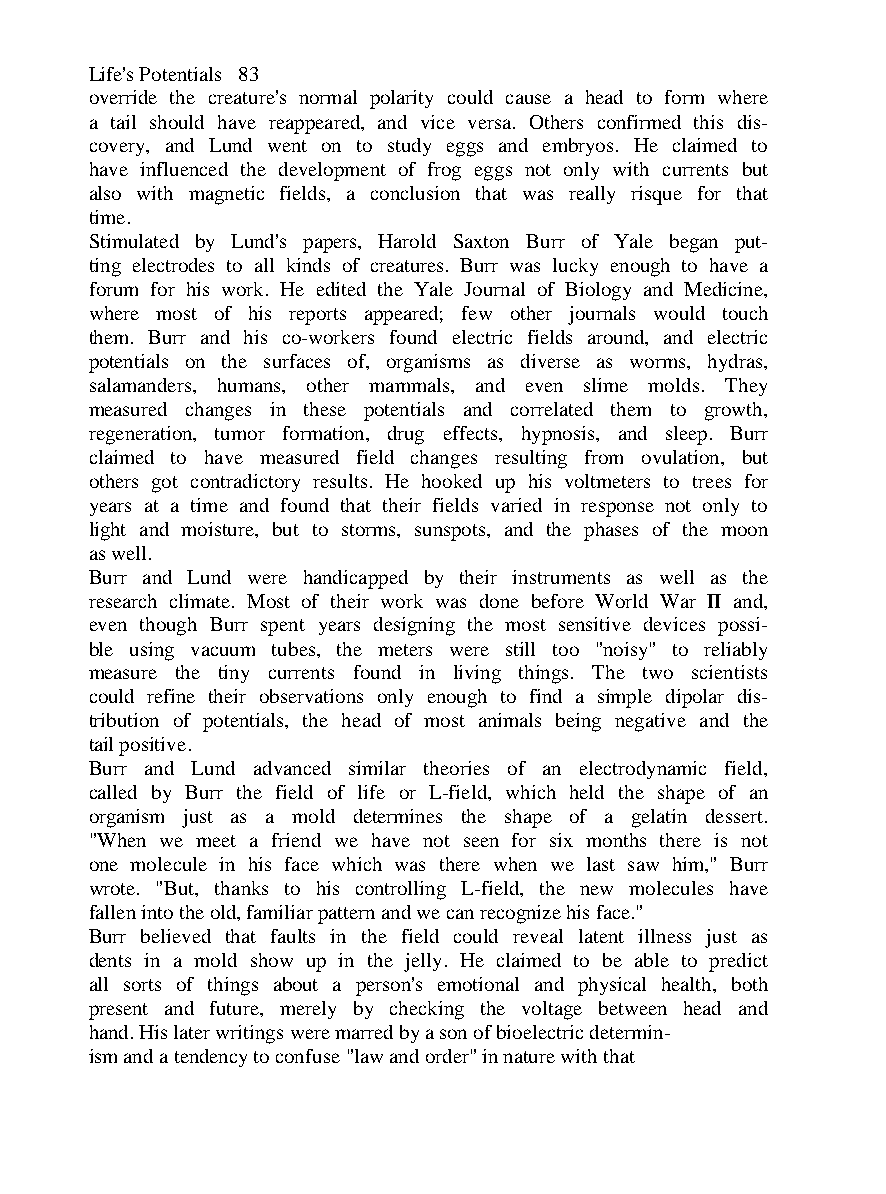
Life's Potentials 83
 override the creature's normal polarity could cause a head to form where
 a tail should have reappeared, and vice versa. Others confirmed this dis-
 covery, and Lund went on to study eggs and embryos. He claimed to
 have influenced the development of frog eggs not only with currents but
 also with magnetic fields, a conclusion that was really risque for that
 time.
 Stimulated by Lund's papers, Harold Saxton Burr of Yale began put-
 ting electrodes to all kinds of creatures. Burr was lucky enough to have a
 forum for his work. He edited the Yale Journal of Biology and Medicine,
 where most of his reports appeared; few other journals would touch
 them. Burr and his co-workers found electric fields around, and electric
 potentials on the surfaces of, organisms as diverse as worms, hydras,
 salamanders, humans, other mammals, and even slime molds. They
 measured changes in these potentials and correlated them to growth,
 regeneration, tumor formation, drug effects, hypnosis, and sleep. Burr
 claimed to have measured field changes resulting from ovulation, but
 others got contradictory results. He hooked up his voltmeters to trees for
 years at a time and found that their fields varied in response not only to
 light and moisture, but to storms, sunspots, and the phases of the moon
 as well.
 Burr and Lund were handicapped by their instruments as well as the
 research climate. Most of their work was done before World War II and,
 even though Burr spent years designing the most sensitive devices possi-
 ble using vacuum tubes, the meters were still too "noisy" to reliably
 measure the tiny currents found in living things. The two scientists
 could refine their observations only enough to find a simple dipolar dis-
 tribution of potentials, the head of most animals being negative and the
 tail positive.
 Burr and Lund advanced similar theories of an electrodynamic field,
 called by Burr the field of life or L-field, which held the shape of an
 organism just as a mold determines the shape of a gelatin dessert.
 "When we meet a friend we have not seen for six months there is not
 one molecule in his face which was there when we last saw him," Burr
 wrote. "But, thanks to his controlling L-field, the new molecules have
 fallen into the old, familiar pattern and we can recognize his face."
 Burr believed that faults in the field could reveal latent illness just as
 dents in a mold show up in the jelly. He claimed to be able to predict
 all sorts of things about a person's emotional and physical health, both
 present and future, merely by checking the voltage between head and
 hand. His later writings were marred by a son of bioelectric determin-
 ism and a tendency to confuse "law and order" in nature with that